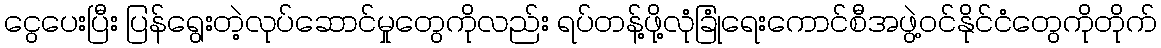
ငွေပေးပြီး ပြန်ရွေးတဲ့လုပ်ဆောင်မှုတွေကိုလည်း ရပ်တန့်ဖို့လုံခြုံရေးကောင်စီအဖွဲ့ဝင်နိုင်ငံတွေကိုတိုက်